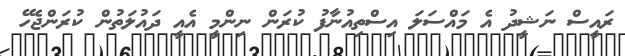
ރައީސް ނަޝީދު އެ މައްސަލަ އިސްތިއުނާފު ކުރަން ނިންމީ އެއީ ދައުލަތުން ކުރަންޖެހޭ